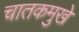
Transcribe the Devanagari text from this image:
चातकमुखे